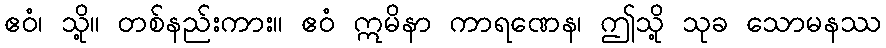
ဧဝံ၊ သို့။ တစ်နည်းကား။ ဧဝံ ဣမိနာ ကာရဏေန၊ ဤသို့ သုခ သောမနဿ